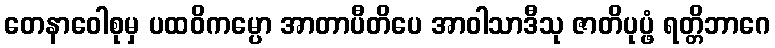
တေနာဝေါစုမှ ပထဝိကမ္ပော အာတာပီတိပေ အာဝါသာဒီသု ဇာတိပုပ္ဖံ ရတ္တိဘာဂေ